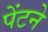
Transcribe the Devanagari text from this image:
पेंटने